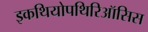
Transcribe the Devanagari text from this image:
इकथियोपथिरिऑसिस